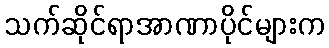
သက်ဆိုင်ရာအာဏာပိုင်များက